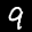
Label: 9